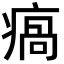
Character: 瘑